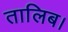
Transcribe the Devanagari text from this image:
तालिब।